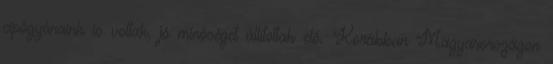
cipőgyáraink is voltak, jó minőséget állítottak elő. Korábban Magyarországon